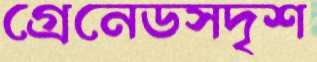
গ্রেনেডসদৃশ